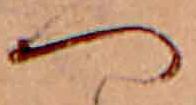
へ